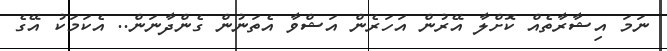
ނަމަ އިޝާރާތެއް ކޮށްލާ އޭރުން އަހަރެން އަޝްވާ އެތަނުން ގެންދާނަން.. އެކަމަކު އޭގެ